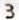
3